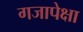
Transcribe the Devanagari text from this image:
गजापेक्षा